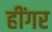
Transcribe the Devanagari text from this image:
हींगर